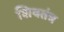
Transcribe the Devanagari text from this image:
शिवतंत्र